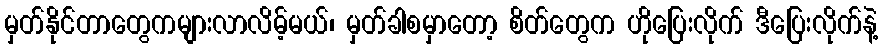
မှတ်နိုင်တာတွေကများလာလိမ့်မယ်၊ မှတ်ခါစမှာတော့ စိတ်တွေက ဟိုပြေးလိုက် ဒီပြေးလိုက်နဲ့